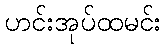
ဟင်းအုပ်ထမင်း